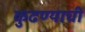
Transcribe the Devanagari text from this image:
कुढण्याची